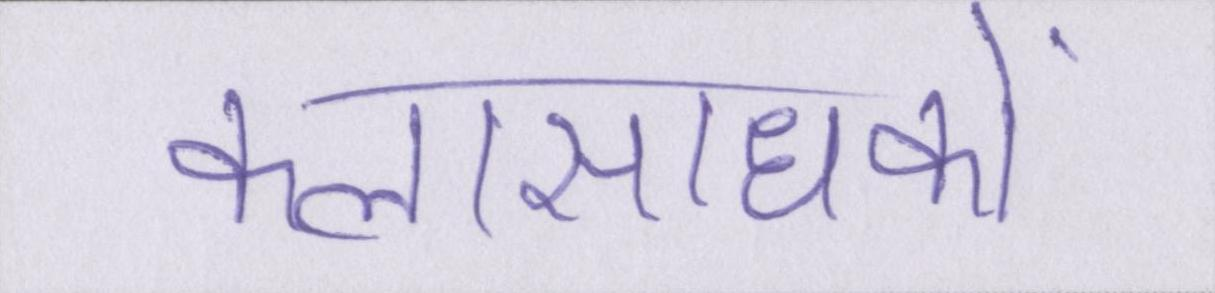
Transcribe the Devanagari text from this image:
कलासाधकों